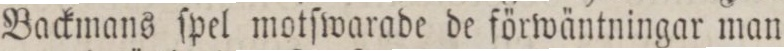
Backmans ſpel motſwarade de förwäntningar man